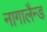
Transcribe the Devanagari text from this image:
नागालैन्ड